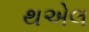
થએલ